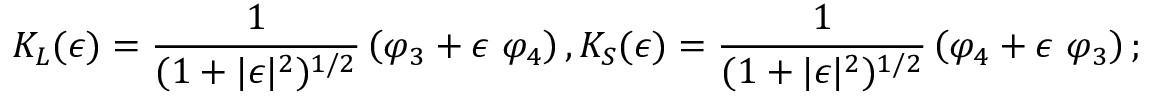
K _ { L } ( \epsilon ) = \frac { 1 } { ( 1 + \vert \epsilon \vert ^ { 2 } ) ^ { 1 / 2 } } \left( \varphi _ { 3 } + \epsilon \ \varphi _ { 4 } \right) , K _ { S } ( \epsilon ) = \frac { 1 } { ( 1 + \vert \epsilon \vert ^ { 2 } ) ^ { 1 / 2 } } \left( \varphi _ { 4 } + \epsilon \ \varphi _ { 3 } \right) ;